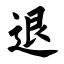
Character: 退